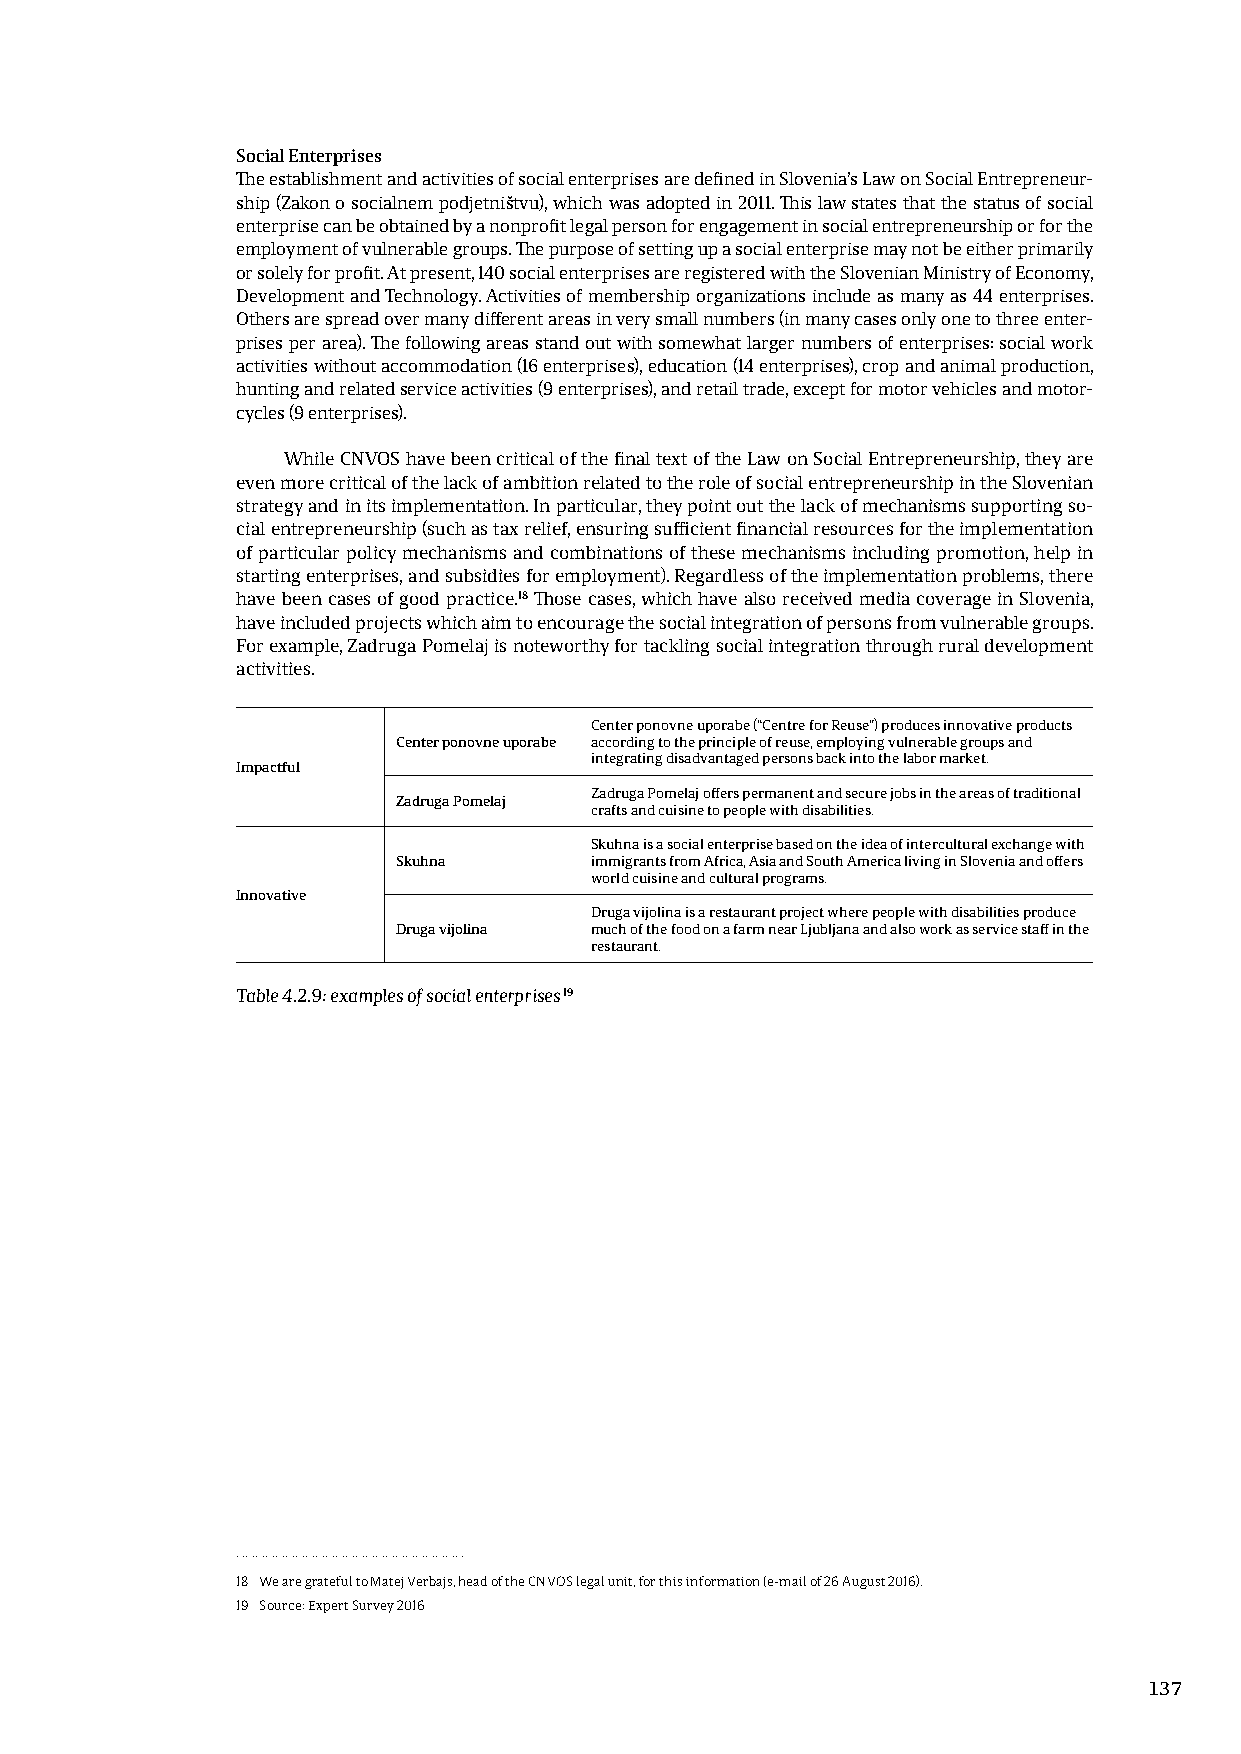
Social Enterprises
 The establishment and activities of social enterprises are defined in Slovenia’s Law on Social Entrepreneur-
 ship (Zakon o socialnem podjetništvu), which was adopted in 2011. This law states that the status of social
 enterprise can be obtained by a nonprofit legal person for engagement in social entrepreneurship or for the
 employment of vulnerable groups. The purpose of setting up a social enterprise may not be either primarily
 or solely for profit. At present, 140 social enterprises are registered with the Slovenian Ministry of Economy,
 Development and Technology. Activities of membership organizations include as many as 44 enterprises.
 Others are spread over many different areas in very small numbers (in many cases only one to three enter-
 prises per area). The following areas stand out with somewhat larger numbers of enterprises: social work
 activities without accommodation (16 enterprises), education (14 enterprises), crop and animal production,
 hunting and related service activities (9 enterprises), and retail trade, except for motor vehicles and motor-
 cycles (9 enterprises).
 While CNVOS have been critical of the final text of the Law on Social Entrepreneurship, they are
 even more critical of the lack of ambition related to the role of social entrepreneurship in the Slovenian
 strategy and in its implementation. In particular, they point out the lack of mechanisms supporting so-
 cial entrepreneurship (such as tax relief, ensuring sufficient financial resources for the implementation
 of particular policy mechanisms and combinations of these mechanisms including promotion, help in
 starting enterprises, and subsidies for employment). Regardless of the implementation problems, there
 have been cases of good practice.18 Those cases, which have also received media coverage in Slovenia,
 have included projects which aim to encourage the social integration of persons from vulnerable groups.
 For example, Zadruga Pomelaj is noteworthy for tackling social integration through rural development
 activities.
 Center ponovne uporabe (“Centre for Reuse”) produces innovative products
 Center ponovne uporabe according to the principle of reuse, employing vulnerable groups and
 integrating disadvantaged persons back into the labor market.
 Impactful
 Zadruga Pomelaj offers permanent and secure jobs in the areas of traditional
 Zadruga Pomelaj
 crafts and cuisine to people with disabilities.
 Skuhna is a social enterprise based on the idea of intercultural exchange with
 Skuhna       immigrants from Africa, Asia and South America living in Slovenia and offers
 world cuisine and cultural programs.
 Innovative
 Druga vijolina is a restaurant project where people with disabilities produce
 Druga vijolina much of the food on a farm near Ljubljana and also work as service staff in the
 restaurant.
 Table 4.2.9: examples of social enterprises 19
 18 We are grateful to Matej Verbajs, head of the CNVOS legal unit, for this information (e-mail of 26 August 2016).
 19 Source: Expert Survey 2016
 137